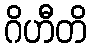
ဂိဟီတိ